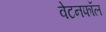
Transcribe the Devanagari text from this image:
वेटनफॉल